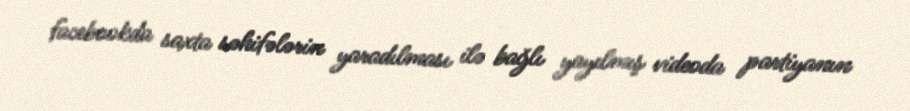
facebookda saxta səhifələrin yaradılması ilə bağlı yayılmış videoda partiyanın